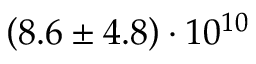
\left( 8 . 6 \pm 4 . 8 \right) \cdot 1 0 ^ { 1 0 }